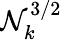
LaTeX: \mathcal{N}_{k}^{3/2}